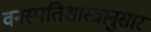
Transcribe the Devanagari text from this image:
वनस्पतिशास्त्रानुसार